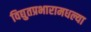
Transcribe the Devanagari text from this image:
विद्युतप्रभारामधल्या